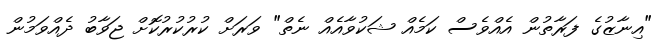
"އިނާޒުގެ ފަރާތުން އެއްވެސް ކަމެއް ޝަކުވާއެއް ނެތް" ވަރަށް ކުރުކުރުކޮށް ޖަވާބު ދެއްވަމުން